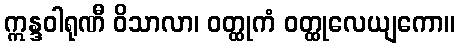
ဣန္ဒဝါရုဏီ ဝိသာလာ၊ ဝတ္ထုကံ ဝတ္ထုလေယျကော။